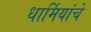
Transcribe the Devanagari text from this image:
धार्मियांचे